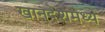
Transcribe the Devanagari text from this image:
खानदेशमध्ये